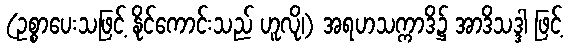
(ဥစ္စာပေးသဖြင့် နိုင်ကောင်းသည် ဟူလို၊) အရဟသက္ကာဒိ၌ အာဒိသဒ္ဒါ ဖြင့်